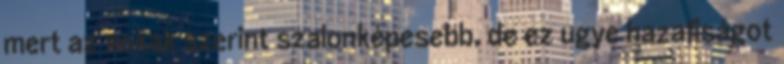
mert az sokak szerint szalonképesebb, de ez ugye hazafiságot